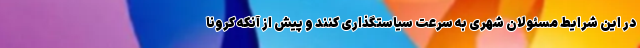
در این شرایط مسئولان شهری به سرعت سیاستگذاری کنند و پیش از آنکه کرونا